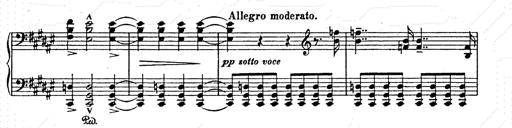
Title: AnnÃ©es de pÃ¨lerinage II
Composer: Franz Liszt